Scottish Certificate of Education, 1962
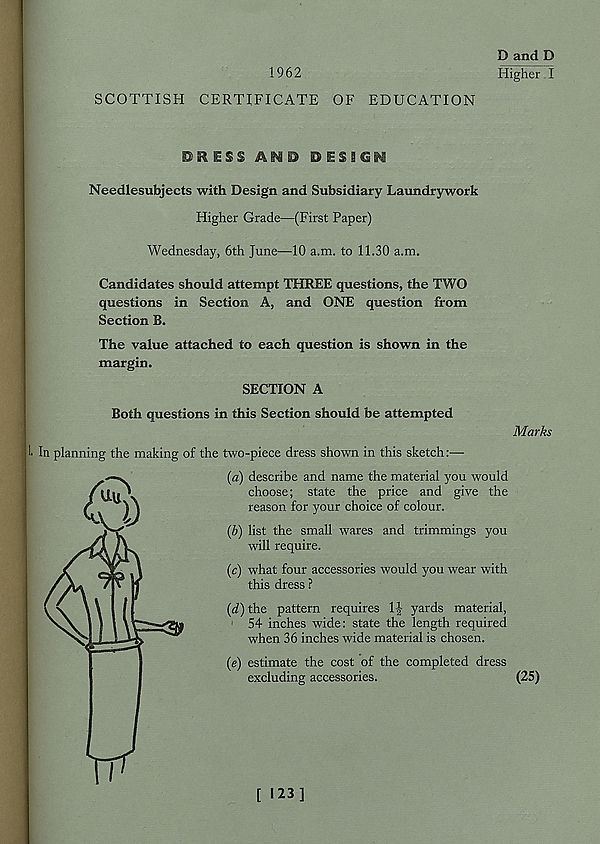
1962
SCOTTISH CERTIFICATE OF EDUCATION
D and D
iTigher t
DRESS AND DESBGN
Needlesubjects with Design and Subsidiary Laundrywork
Higher Grade—(First Paper)
Wednesday, 6th June—10 a.m. to 11.30 a.m.
Candidates should attempt THREE questions, the TWO
questions in Section A, and ONE question from
Section B.
The value attached to each question is shown in the
margin.
SECTION A
Both questions in this Section should be attempted
Marks
In planning the making of the two-piece dress shown in this sketch
(a) describe and name the material you would
choose; state the price and give the
reason for your choice of colour.
(b) list the small wares and trimmings you
will require.
(c) what four accessories would you wear with
this dress ?
(d) the pattern requires 1J yards material,
54 inches wide: state the length required
when 36 inches wide material is chosen.
(e) estimate the cost of the completed dress
excluding accessories.
(25)
[ 123]